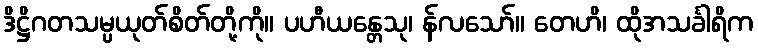
ဒိဋ္ဌိဂတသမ္ပယုတ်စိတ်တို့ကို။ ပဟီယန္တေသု၊ န်လသော်။ တေဟိ၊ ထိုအသင်္ခါရိက